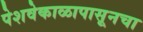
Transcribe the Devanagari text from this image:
पेशवेकाळापासूनचा